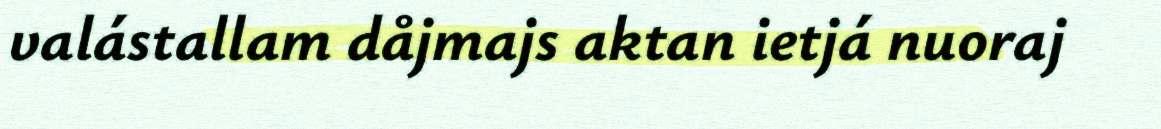
valástallam dåjmajs aktan ietjá nuoraj